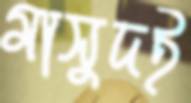
মাসুদই